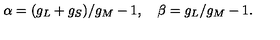
\alpha = ( g _ { L } + g _ { S } ) / g _ { M } - 1 , \quad \beta = g _ { L } / g _ { M } - 1 .